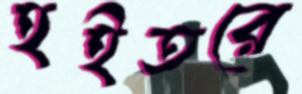
হইতরে